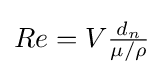
Re=V{\tfrac {d_{n}}{\mu /\rho }}